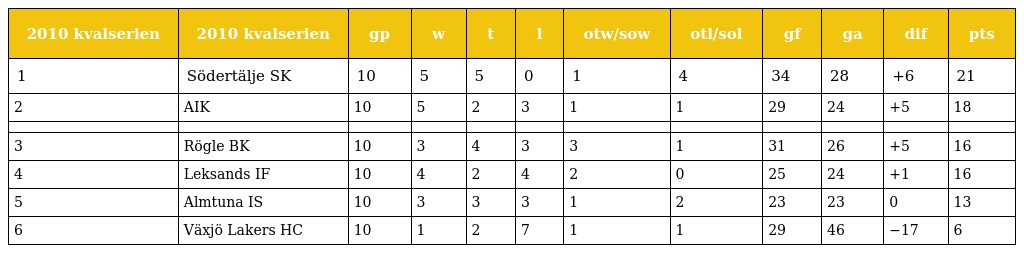
| 2010 kvalserien | 2010 kvalserien | gp | w | t | l | otw/sow | otl/sol | gf | ga | dif | pts |
 | --- | --- | --- | --- | --- | --- | --- | --- | --- | --- | --- | --- |
 | 1 | Södertälje SK | 10 | 5 | 5 | 0 | 1 | 4 | 34 | 28 | +6 | 21 |
 | 2 | AIK | 10 | 5 | 2 | 3 | 1 | 1 | 29 | 24 | +5 | 18 |
 |  |  |  |  |  |  |  |  |  |  |  |  |
 | 3 | Rögle BK | 10 | 3 | 4 | 3 | 3 | 1 | 31 | 26 | +5 | 16 |
 | 4 | Leksands IF | 10 | 4 | 2 | 4 | 2 | 0 | 25 | 24 | +1 | 16 |
 | 5 | Almtuna IS | 10 | 3 | 3 | 3 | 1 | 2 | 23 | 23 | 0 | 13 |
 | 6 | Växjö Lakers HC | 10 | 1 | 2 | 7 | 1 | 1 | 29 | 46 | −17 | 6 |